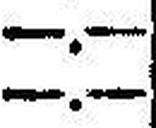
—.—